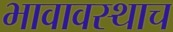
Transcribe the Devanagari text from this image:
भावावस्थाच